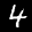
Label: 4